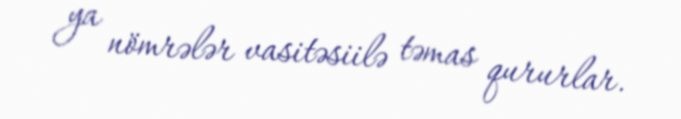
ya nömrələr vasitəsiilə təmas qururlar.